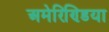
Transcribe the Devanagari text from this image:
अमेरिण्डिया